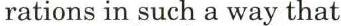
rations in such a way that